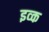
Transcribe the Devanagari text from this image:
इव्क